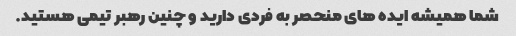
شما همیشه ایده های منحصر به فردی دارید و چنین رهبر تیمی هستید.